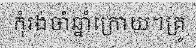
កុំរង់ចាំឆ្នាំក្រោយ។គ្រូ